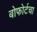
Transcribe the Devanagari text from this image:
बोफोर्टचा